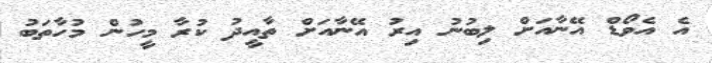
އެ އެވޯޑް އޭނާއަށް ލިބުނު އިރު އޭނާއަށް ތާއީދު ކުރާ މީހުން މުހާތަބު